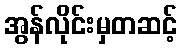
အွန်လိုင်းမှတဆင့်